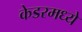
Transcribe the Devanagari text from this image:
केडरमध्ये